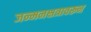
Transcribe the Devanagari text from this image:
जन्मनक्षत्रावरून